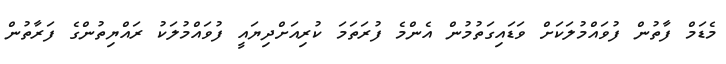
މެޑަމް ފާތުން ފުވައްމުލަކަށް ވަޑައިގަތުމުން އެންމެ ފުރަތަމަ ކުރިއަށްދިޔައީ ފުވައްމުލަކު ރައްޔިތުންގެ ފަރާތުން